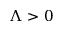
\Lambda > 0